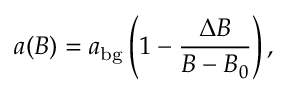
a ( B ) = a _ { \mathrm { b g } } \left( 1 - \frac { \Delta B } { B - B _ { 0 } } \right) ,